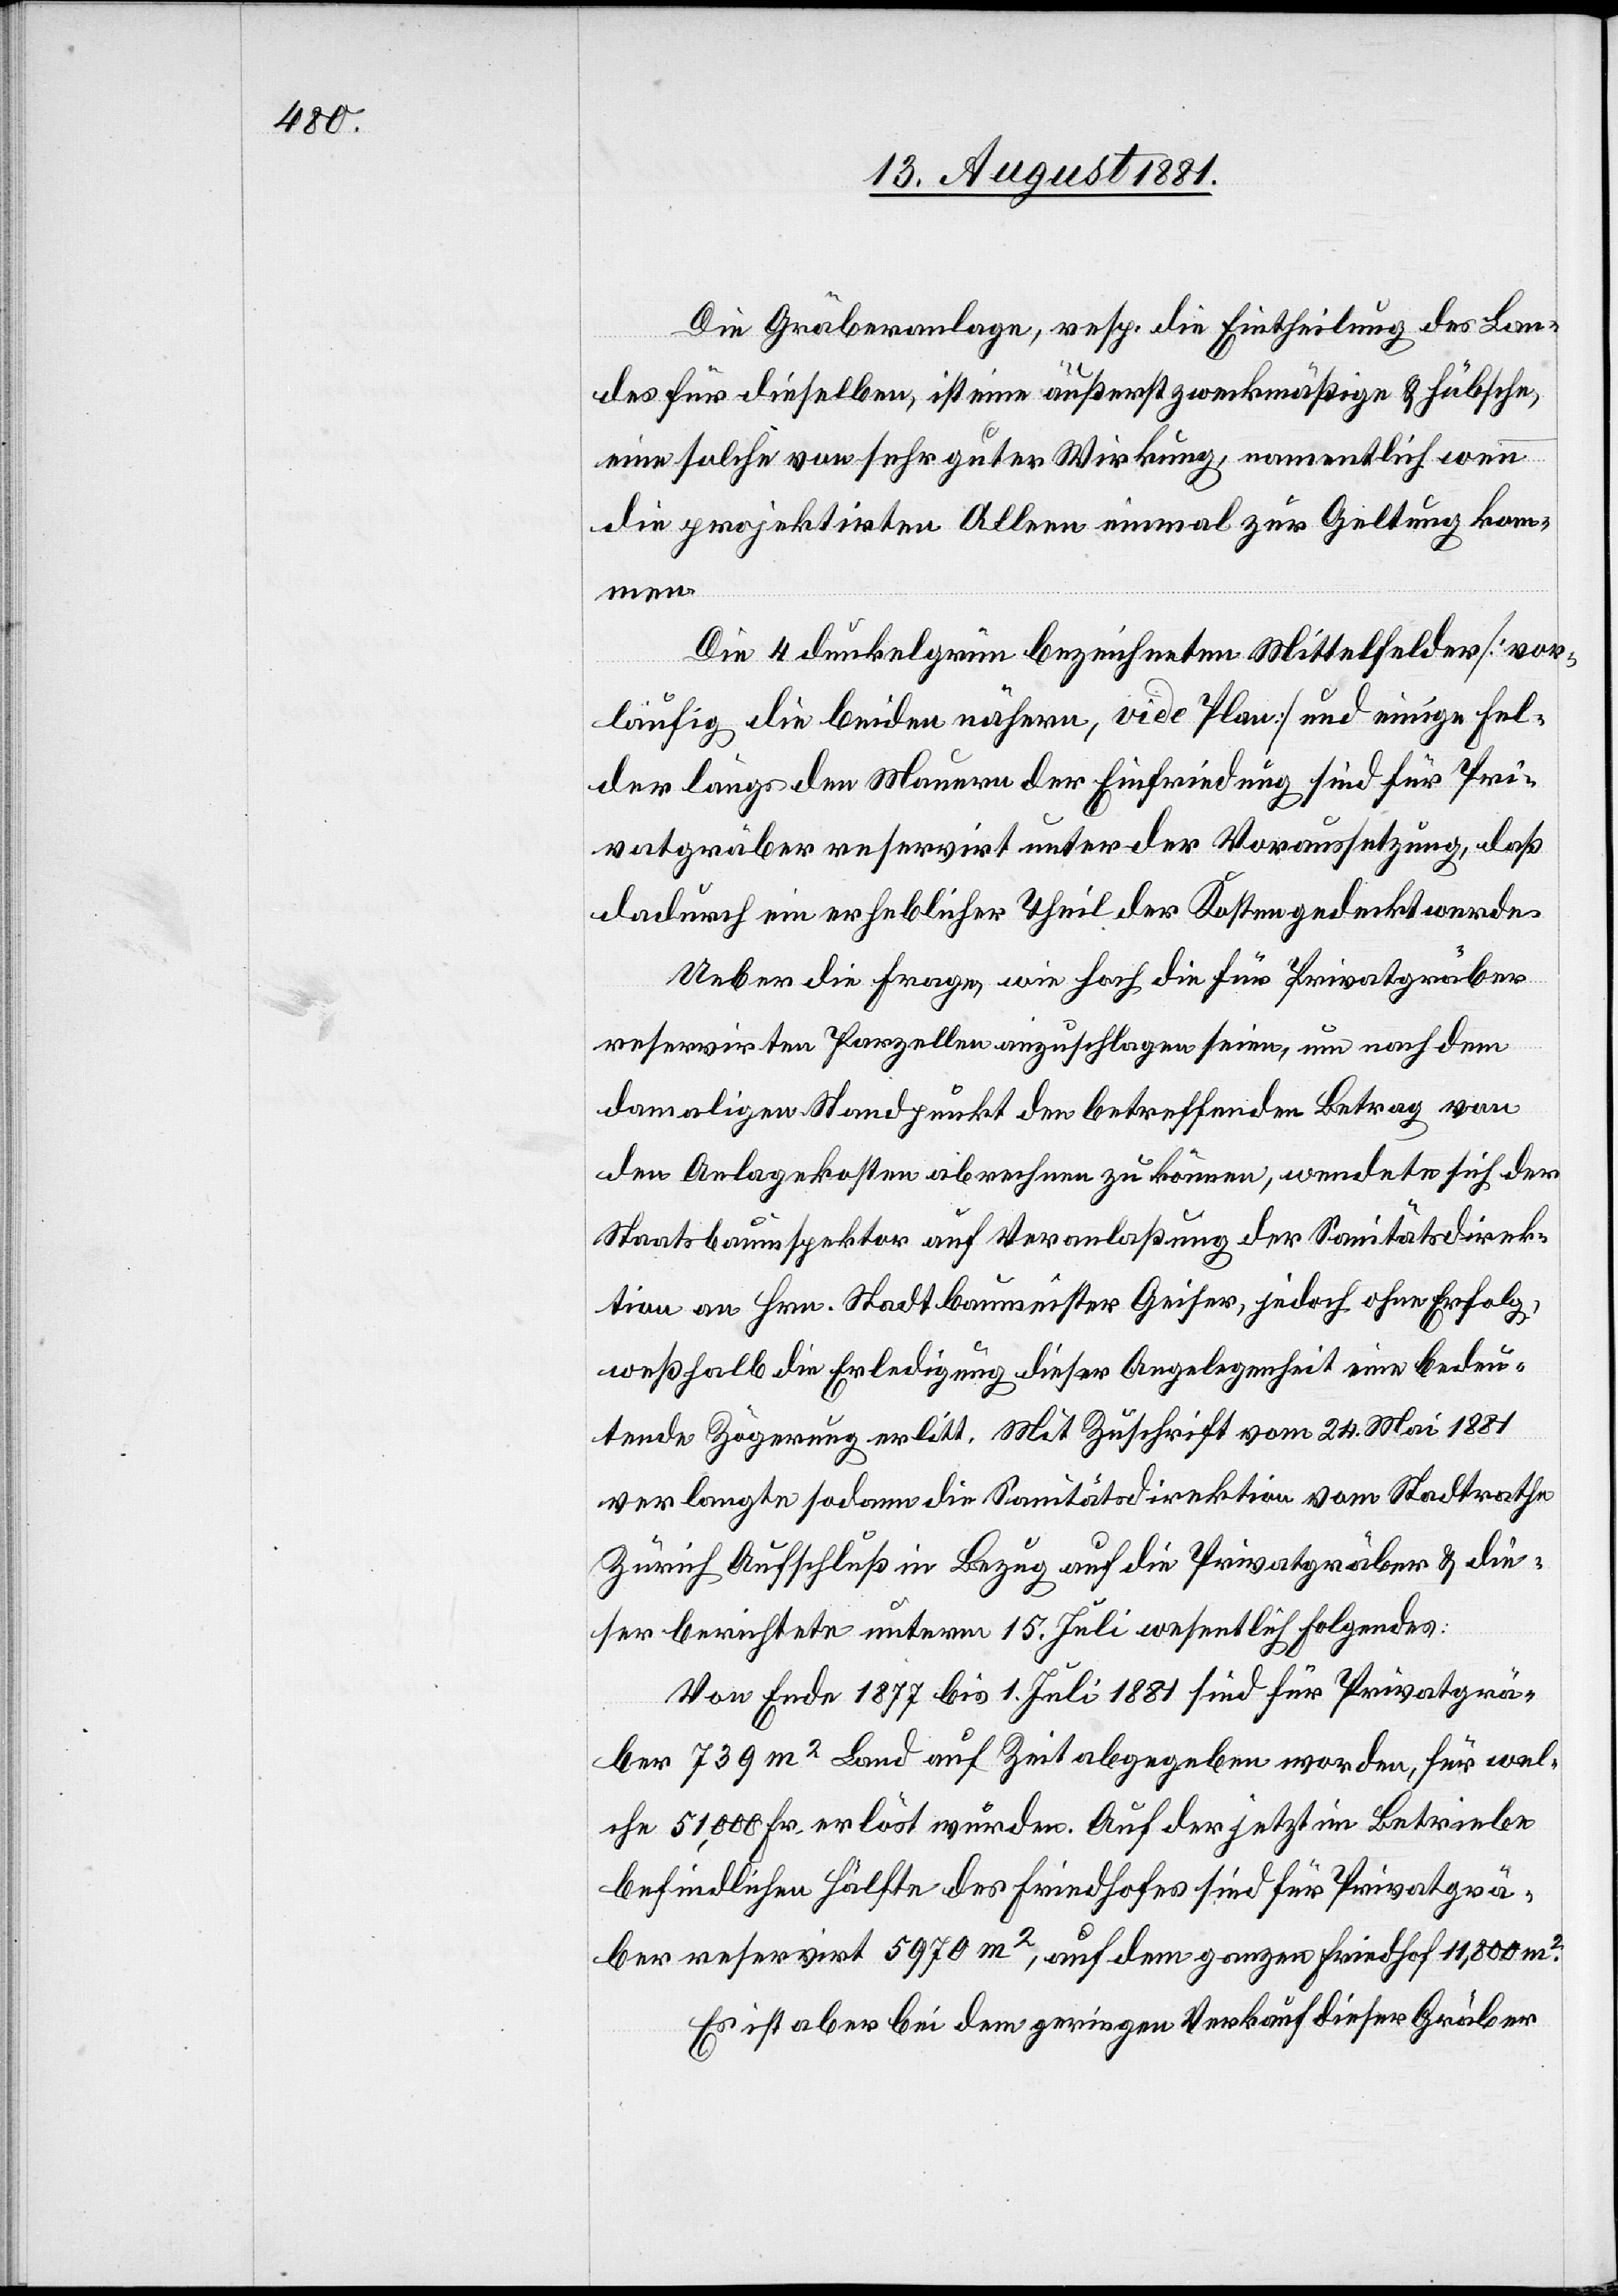
Die Gräberanlage, resp. die Eintheilung des Lan¬
des für dieselben, ist eine äußerst zweckmäßige & hübsche,
eine solche von sehr guter Wirkung, namentlich wenn
die projektirten Alleen einmal zur Geltung kom¬
men.
Die 4 dunkelgrün bezeichneten Mittelfelder [vor¬
läufig die beiden nähern, vide Plan] und einige Fel¬
der längs den Mauern der Einfriedung sind für Pri¬
vatgräber reservirt unter der Voraussetzung, daß
dadurch ein erheblicher Theil der Kosten gedeckt werden.
Ueber die Frage, wie hoch die für Privatgräber
reservirten Parzellen einzuschlagen seien, um nach dem
damaligen Standpunkt den betreffenden Betrag von
den Anlagekosten abrechnen zu können, wendete sich der
Staatsbauinspektor auf Veranlaßung der Sanitätsdirek¬
tion an Hrn. Stadtbaumeister Geiser, jedoch ohne Erfolg,
weßhalb die Erledigung dieser Angelegenheit eine bedeu¬
tende Zögerung erlitt. Mit Zuschrift vom 24. Mai 1881
verlangte sodann die Sanitätsdirektion vom Stadtrathe
Zürich Aufschluß in Bezug auf die Privatgräber & die¬
ser berichtete unterm 15. Juli wesentlich folgendes:
Von Ende 1877 bis 1. Juli 1881 sind für Privatgrä¬
ber 739 m2 Land auf Zeit abgegeben worden, für wel¬
che 51,000 Fr erlöst wurden. Auf der jetzt im Betriebe
befindlichen Hälfte des Friedhofes sind für Privatgrä¬
ber reservirt 5970 m2, auf dem ganzen Friedhof 11,800 m2.
Es ist aber bei dem geringen Verkauf dieser Gräber